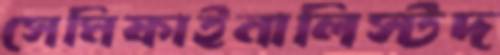
সেমিফাইনালিস্টদ